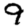
Digit: 9